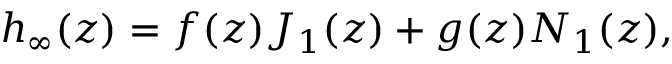
h _ { \infty } ( z ) = f ( z ) J _ { 1 } ( z ) + g ( z ) N _ { 1 } ( z ) ,